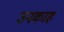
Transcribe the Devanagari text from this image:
उनकाह